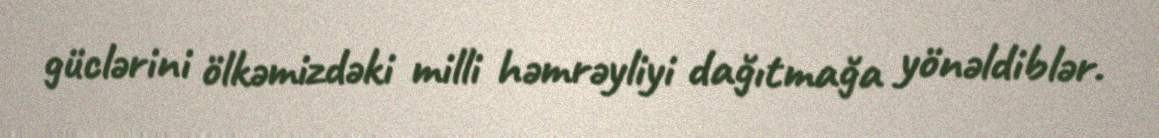
güclərini ölkəmizdəki milli həmrəyliyi dağıtmağa yönəldiblər.